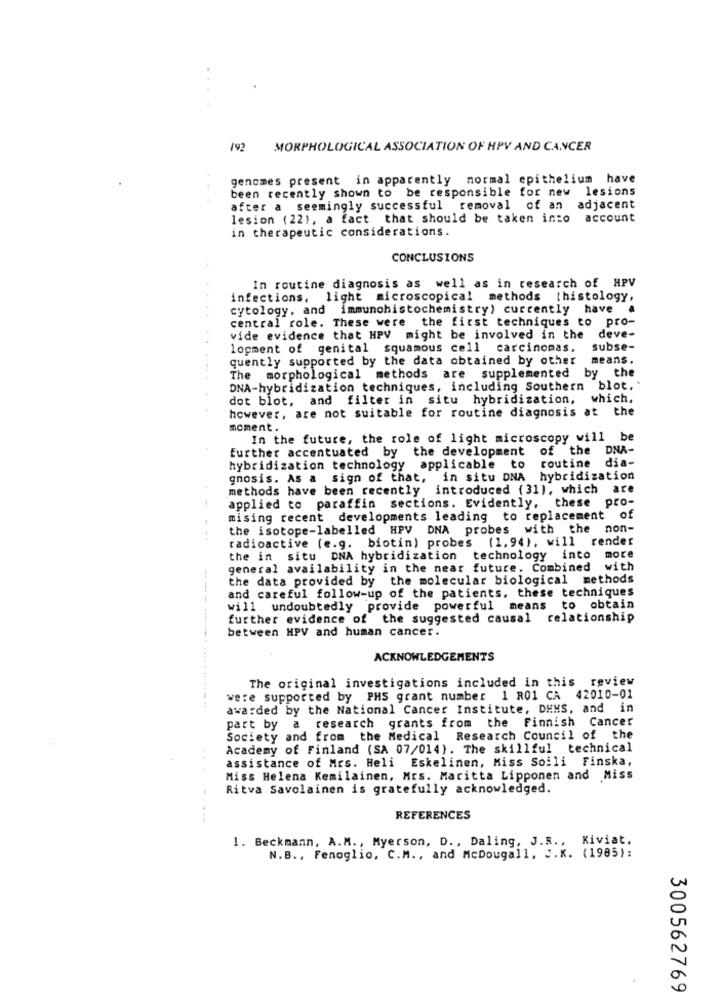
142
MORPHOLOGICAL ASSOCIATION OF HPV AND CANCER
genomes present in apparently normal epithelium have
been recently shown to be responsible for new lesions
after a seemingly successful removal of an adjacent
lesion (22), a fact that should be taken into account
in therapeutic considerations.
CONCLUSIONS
In routine diagnosis as well as in research of HPV
infections, light microscopical methods [histology,
cytology, and immunohistochemistry) currently have
central role. These were the first techniques to pro-
vide evidence that HPV might be involved in the deve-
lopment of genital squamous cell carcinomas, subse-
quently supported by the data obtained by other means.
The morphological methods are supplemented by the
DNA-hybridization techniques, including Southern blot.'
dot blot, and filter in situ hybridization, which.
however, are not suitable for routine diagnosis at the
moment.
In the future, the role of light microscopy will be
further accentuated by the development of the DNA-
dia-
hybridization technology applicable to
routine
gnosis. As a sign of that, in situ DNA hybridization
methods have been recently introduced (31), which are
applied to paraffin sections. Evidently, these pro-
mising recent developments leading to replacement of
the isotope-labelled HPV DNA probes with the non-
radioactive (e.g. biotin) probes (1,94), will render
the in situ DNA hybridization technology into more
general availability in the near future. Combined
with
the data provided by the molecular biological methods
and careful follow-up of the patients. these techniques
will undoubtedly provide powerful means to obtain
further evidence of the suggested causal relationship
between HPV and human cancer.
ACKNOWLEDGEMENTS
The original investigations included in this review
were supported by PHS grant number 1 R01 CA 42010-01
-------------
awarded by the National Cancer Institute, DEMS, and in
part by a research grants from the Finnish Cancer
Society and from the Medical Research Council of the
Academy of Finland (SA 07/014). The skillful technical
assistance of Mrs. Heli Eskelinen, Miss Soili Finska,
Miss Helena Kemilainen, Mrs. Maritta Lipponen and Miss
Ritva Savolainen is gratefully acknowledged.
REFERENCES
1. Beckmann, A.M ., Myerson, D ., Daling, J.R ., Kiviat.
N.B ., Fenoglio, C.M ., and McDougall, S.K. (1985):
300562769